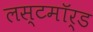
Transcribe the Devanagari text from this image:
लस्टमॉर्ड